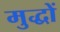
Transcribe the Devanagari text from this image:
मुद्धों